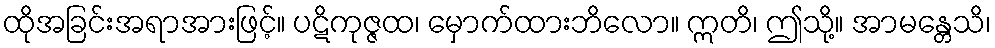
ထိုအခြင်းအရာအားဖြင့်။ ပဋိကုဇ္ဇထ၊ မှောက်ထားဘိလော။ ဣတိ၊ ဤသို့။ အာမန္တေသိ၊